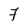
Character: 7